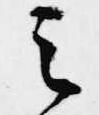
之